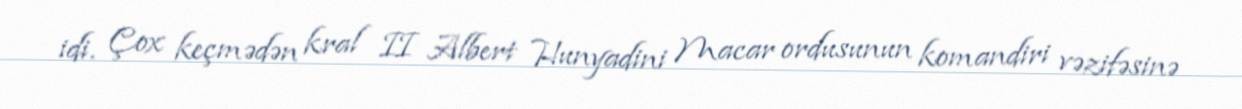
idi. Çox keçmədən kral II Albert Hunyadini Macar ordusunun komandiri vəzifəsinə